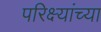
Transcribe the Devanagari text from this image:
परिक्ष्यांच्या